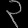
Digit: ၃